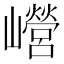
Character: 巆